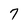
Character: 7